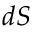
d \boldsymbol { S }